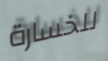
للخسارة